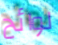
لوائح